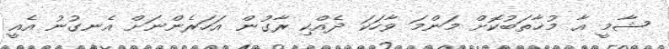
ޝާމީ އާ މުޚާތަބުކޮށް މަންމަ ވާހަކަ ދެއްކި ރާގުން އަހަރެންނަށް އެނގުނު އެއީ